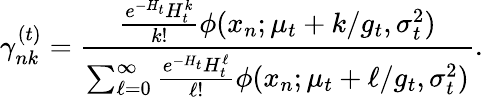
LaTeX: \gamma_{nk}^{(t)}=\frac{\frac{e^{-H_{t}}H_{t}^{k}}{k!}\phi(x_{n};\mu_{t}+k/g_{t},\sigma_{t}^{2})}{\sum_{\ell=0}^{\infty}\frac{e^{-H_{t}}H_{t}^{\ell}}{\ell!}\phi(x_{n};\mu_{t}+\ell/g_{t},\sigma_{t}^{2})}.